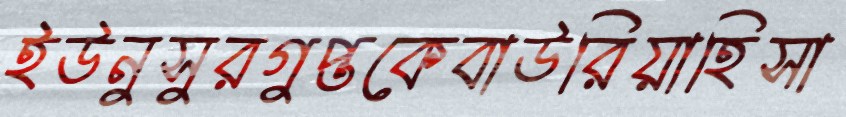
ইউনুসুরগুপ্তকেবাউরিয়াহিসা